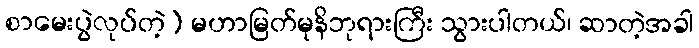
စာမေးပွဲလုပ်တဲ့) မဟာမြတ်မုနိဘုရားကြီး သွားပါတယ်၊ ဆာတဲ့အခါ